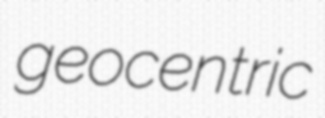
geocentric